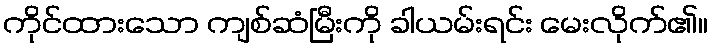
ကိုင်ထားသော ကျစ်ဆံမြီးကို ခါယမ်းရင်း မေးလိုက်၏။